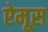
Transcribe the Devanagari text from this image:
ऐमूस